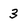
Character: 3